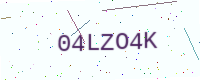
Text: 04LZO4K